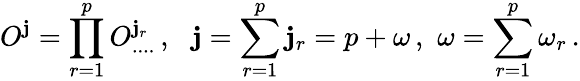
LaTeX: O^{\mathbf{j}}=\prod_{r=1}^{p}O_{....}^{\mathbf{j}_{r}}\, ,\, \, \, \, \mathbf{j}=\sum_{r=1}^{p}\mathbf{j}_{r}=p+\omega\, ,\, \, \omega=\sum_{r=1}^{p}\omega_{r}\, .